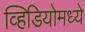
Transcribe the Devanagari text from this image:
व्हिडियोमध्ये